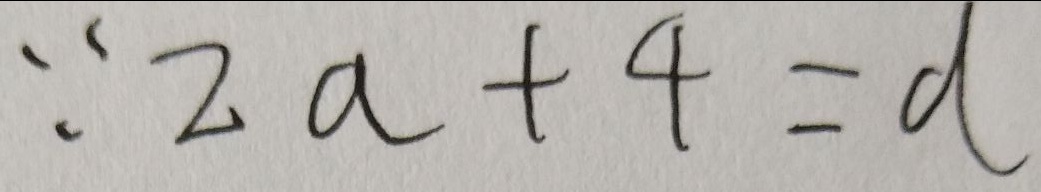
\because 2 a + 4 = d